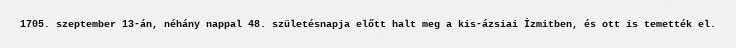
1705. szeptember 13-án, néhány nappal 48. születésnapja előtt halt meg a kis-ázsiai İzmitben, és ott is temették el.